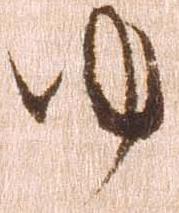
ゆ